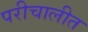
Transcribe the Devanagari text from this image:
परीचालीत